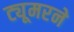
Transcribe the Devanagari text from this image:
ट्यूमरने